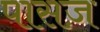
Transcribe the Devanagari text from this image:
पासज़